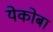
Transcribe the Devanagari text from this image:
येकोबा